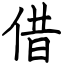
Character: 借